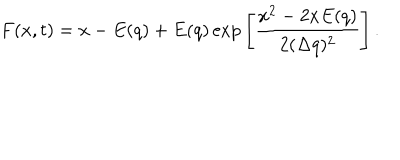
F ( x , t ) = x - E ( q ) + E ( q ) \exp { \left[ \frac { x ^ { 2 } - 2 x E ( q ) } { 2 ( \Delta q ) ^ { 2 } } \right] } \, .